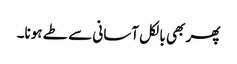
پھر بھی بالکل آسانی سے طے ہونا۔